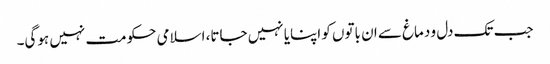
جب تک دل و دماغ سے ان باتوں کو اپنایا نہیں جاتا، اسلامی حکومت نہیں ہوگی۔